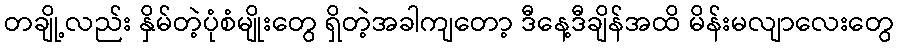
တချို့လည်း နှိမ်တဲ့ပုံစံမျိုးတွေ ရှိတဲ့အခါကျတော့ ဒီနေ့ဒီချိန်အထိ မိန်းမလျာလေးတွေ